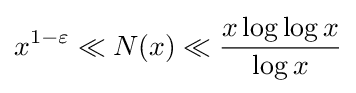
x^{1-\varepsilon }\ll N(x)\ll {\frac {x\log \log x}{\log x}}